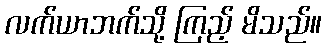
လက်ယာဘက်သို့ ကြည့် မိသည်။